Lunatic asylums in Bengal annual reports 1899-1911 - 1899-1911
Year: 1899
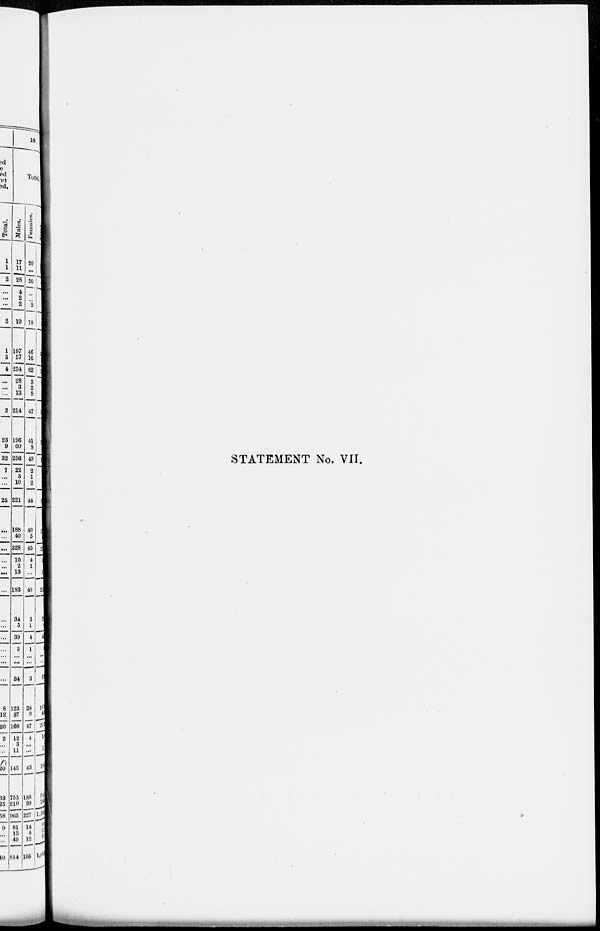
STATEMENT No. VII.